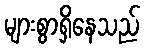
များစွာရှိနေသည်